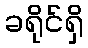
ခရိုင်ရှိ